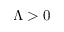
\Lambda > 0